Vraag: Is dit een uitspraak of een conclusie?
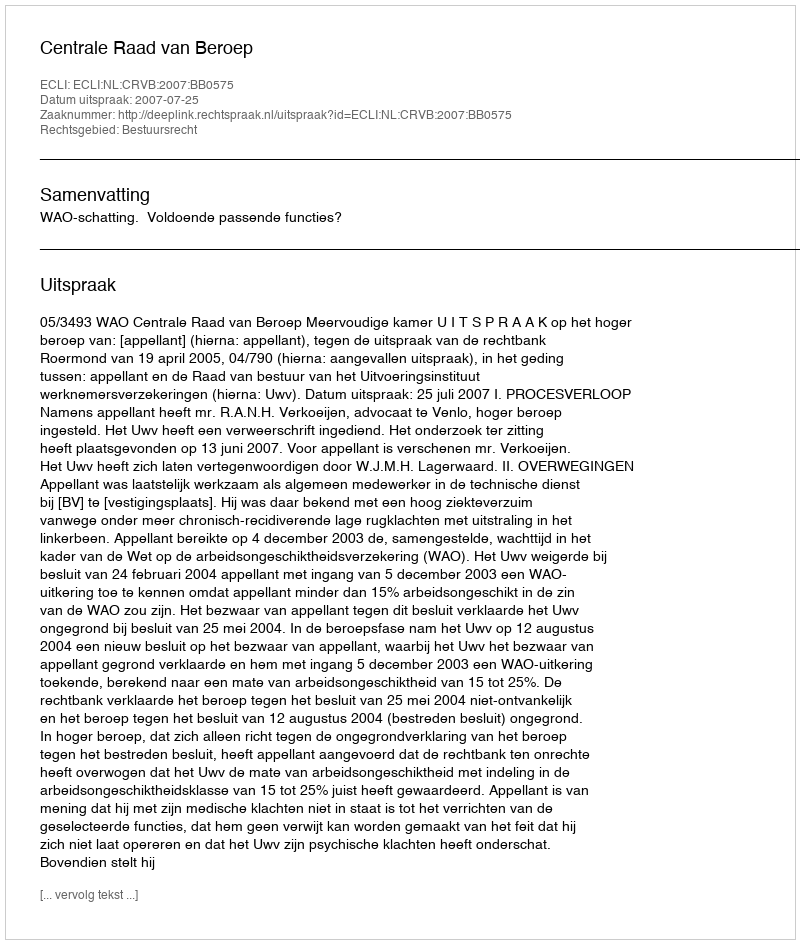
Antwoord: Uitspraak